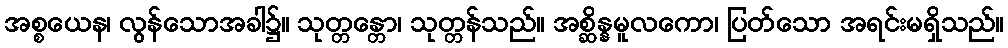
အစ္စယေန၊ လွန်သောအခါ၌။ သုတ္တန္တော၊ သုတ္တန်သည်။ အစ္ဆိန္နမူလကော၊ ပြတ်သော အရင်းမရှိသည်။